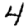
Digit: 4